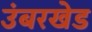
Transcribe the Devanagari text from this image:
उंबरखेड